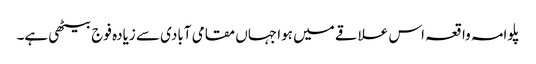
پلوامہ واقعہ اس علاقے میں ہوا جہاں مقامی آبادی سے زیادہ فوج بیٹھی ہے۔